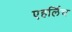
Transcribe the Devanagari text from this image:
एहर्लिच